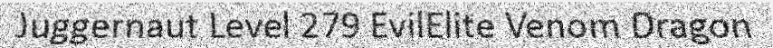
Juggernaut Level 279 EvilElite Venom Dragon